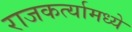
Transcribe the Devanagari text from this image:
राजकर्त्यामध्ये